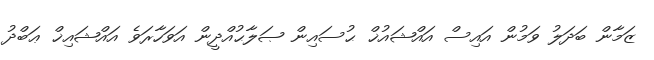
ޒަމާން ބަދަލު ވަމުން އައިސް އައްޝައުޚް ޙުސައިން ޞަލާޙުއްދީން އަވަހާރަވެ އައްޝައިޚް ޢަބްދު